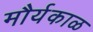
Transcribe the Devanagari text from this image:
मौर्यकाळ